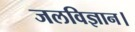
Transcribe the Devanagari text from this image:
जलविज्ञान।